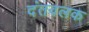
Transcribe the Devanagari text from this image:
दंतवलक